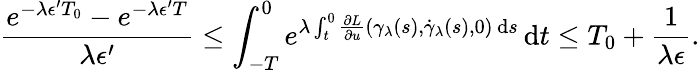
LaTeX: \frac{e^{-\lambda\epsilon^{\prime}T_{0}}-e^{-\lambda\epsilon^{\prime}T}}{\lambda\epsilon^{\prime}}\leq\int_{-T}^{0}e^{\lambda\int_{t}^{0}\frac{\partial L}{\partial u}(\gamma_{\lambda}(s),\dot{\gamma}_{\lambda}(s),0)\, \mathrm{d}s}\, \mathrm{d}t\leq T_{0}+\frac{1}{\lambda\epsilon}.